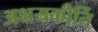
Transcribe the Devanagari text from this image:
अक्षयकीर्ति